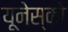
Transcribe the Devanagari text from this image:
य़ूनेस्को